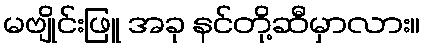
မဗျိုင်းဖြူ အခု နင်တို့ဆီမှာလား။